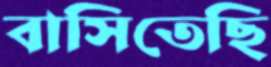
বাসিতেছি